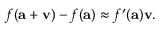
f ( \mathbf { a } + \mathbf { v } ) - f ( \mathbf { a } ) \approx f ^ { \prime } ( \mathbf { a } ) \mathbf { v } .